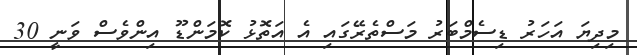
މިދިޔަ އަހަރު ޑިސެމްބަރު މަސްތެރޭގައި އެ އަތޮޅު ކޮމަންޑޫ އިންވެސް ވަނީ 30